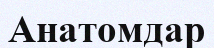
Анатомдар